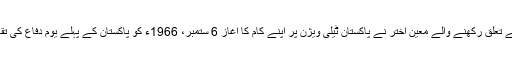
پاکستان کے سب سے بڑے شہر کراچی سے تعلق رکھنے والے معین اختر نے پاکستان ٹیلی ویژن پر اپنے کام کا آغاز 6 ستمبر، 1966ء کو پاکستان کے پہلے یوم دفاع کی تقاریب کے لیے کیے گئے پروگرام سے کیا۔